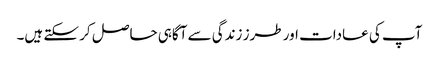
آپ کی عادات اور طرز زندگی سے آگاہی حاصل کر سکتے ہیں۔